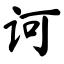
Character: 诃